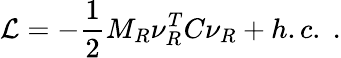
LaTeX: {\cal L}=-\frac{1}{2}M_{R}\nu_{R}^{T}C\nu_{R}+h.c.\; .